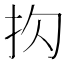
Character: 𪭠